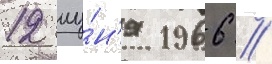
12 иу́н'я 1966 /